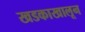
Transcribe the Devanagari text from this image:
खडकाखालून